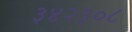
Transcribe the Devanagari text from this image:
३४२३०८